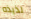
لذيذه